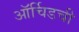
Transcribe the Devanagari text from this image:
ऑर्चिडची